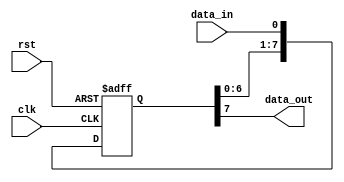
module shift_register #(parameter WIDTH = 8)
    (
    input wire clk,
    input wire rst,
    input wire data_in,
    output reg data_out
    );
    
    reg [WIDTH-1:0] reg_data;
    
    always @ (posedge clk or posedge rst)
    begin
        if(rst)
            reg_data <= 0;
        else
            reg_data <= {reg_data[WIDTH-2:0], data_in};
    end
    
    assign data_out = reg_data[WIDTH-1];
    
endmodule